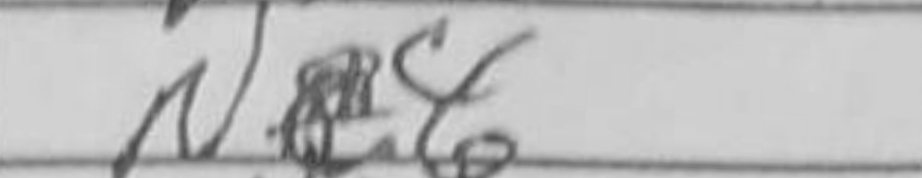
Transcription: N4